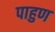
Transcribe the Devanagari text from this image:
पाहुण